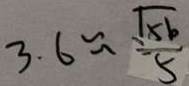
3 . 6 \approx \frac { \sqrt { 5 6 } } { 5 }